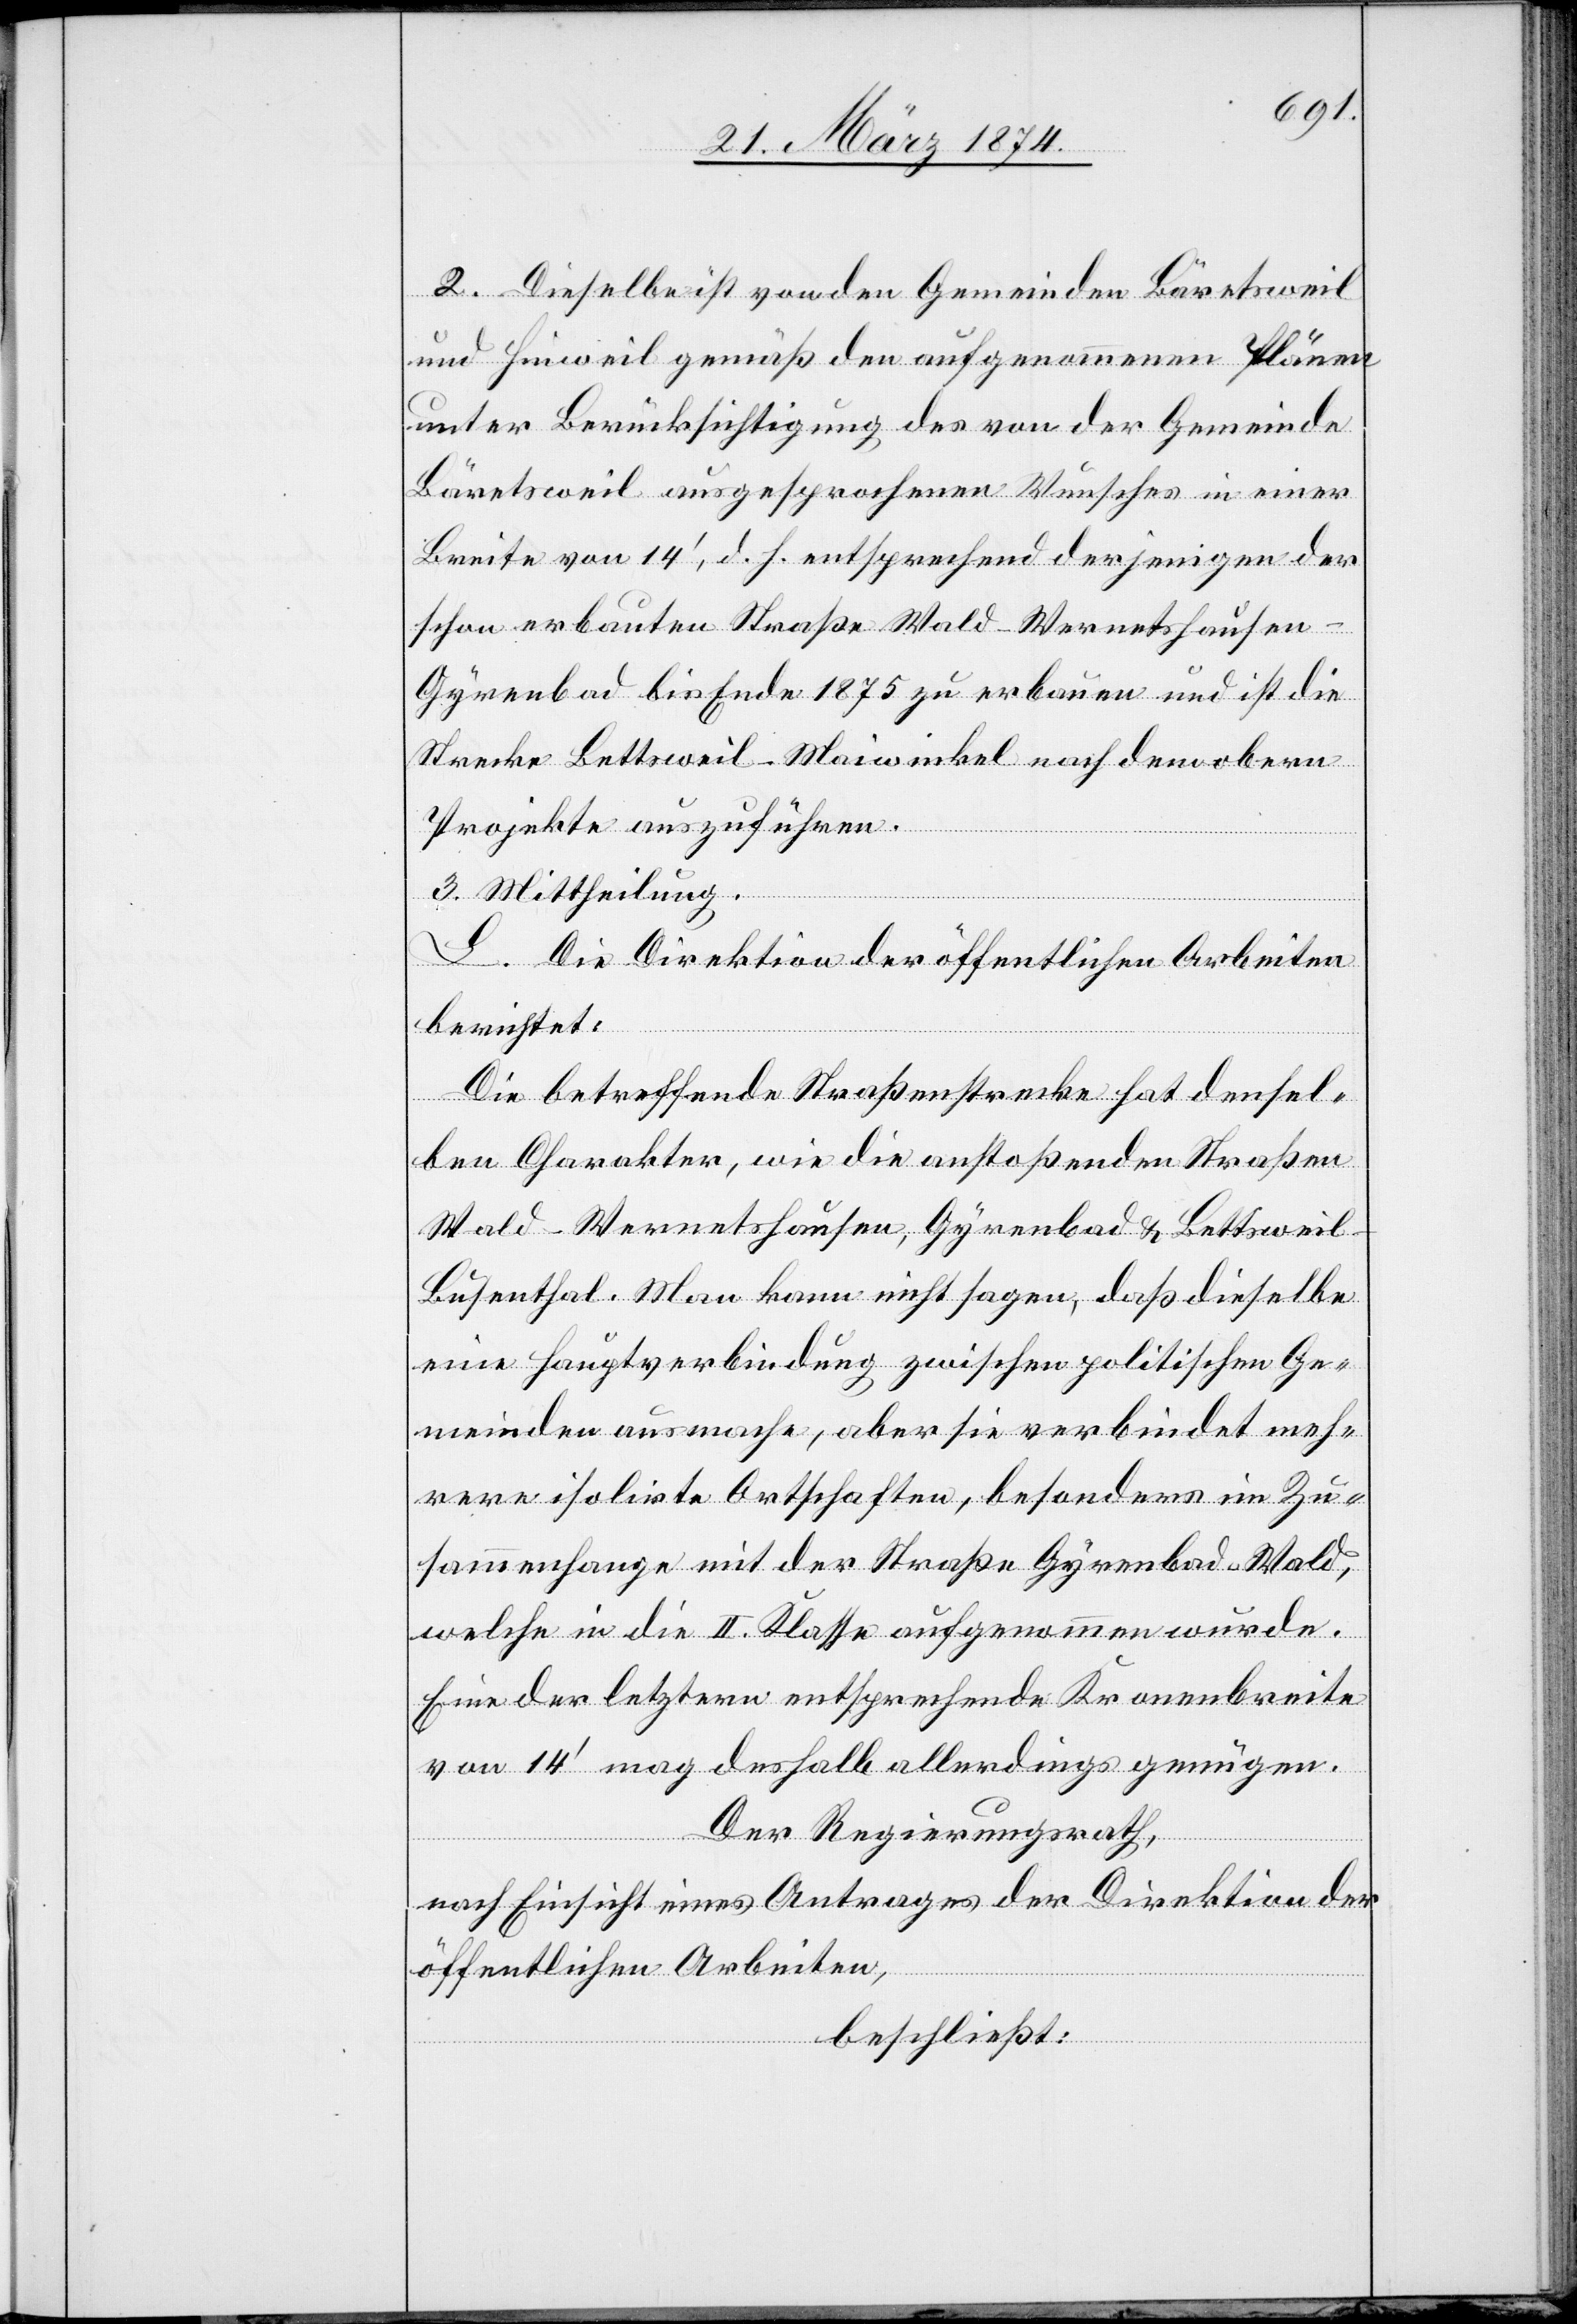
2. Dieselbe ist von den Gemeinden Bäretsweil
und Hinweil gemäß den aufgenommenen Plänen
unter Berücksichtigung des von der Gemeinde
Bäretsweil ausgesprochenen Wunsches in einer
Breite von 14‘ d. h. entsprechend derjenigen der
schon erbauten Straße Wald-Wernetshausen-G¬
yrenbad bis Ende 1875 zu erbauen und ist die
Strecke Bettsweil-Maiwinkel nach dem obern
Projekte auszuführen.
3. Mittheilung.
L. Die Direktion der öffentlichen Arbeiten
berichtet:
Die betreffende Straßenstrecke hat densel¬
ben Charakter wie die anstoßenden Straßen
Wald-Wernetshausen, Gyrenbad u. Bettsweil-B¬
us[s]enthal. Man kann nicht sagen, daß dieselbe
eine Hauptverbindung zwischen politischen Ge¬
meinden ausmache, aber sie verbindet meh¬
rere isolirte Ortschaften, besonders im Zu¬
sammenhange mit der Straße Gyrenbad-Wald,
welche in die II. Klasse aufgenommen wurde.
Eine der letztern entsprechende Kronenbreite
von 14‘ mag deshalb allerdings genügen.
Der Regierungsrath,
nach Einsicht eines Antrages der Direktion der
öffentlichen Arbeiten,
beschließt: